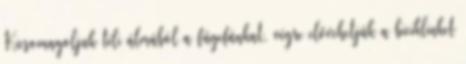
Kicsomagoljuk téli álmából a fügefánkat, végre elővehetjük a biciklinket